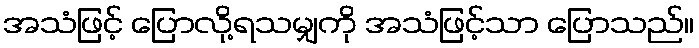
အသံဖြင့် ပြောလို့ရသမျှကို အသံဖြင့်သာ ပြောသည်။